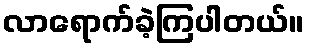
လာရောက်ခဲ့ကြပါတယ်။